Civil Veterinary Department. Madras. Admin. report 1910-25 - 1910-1925
Year: 1910
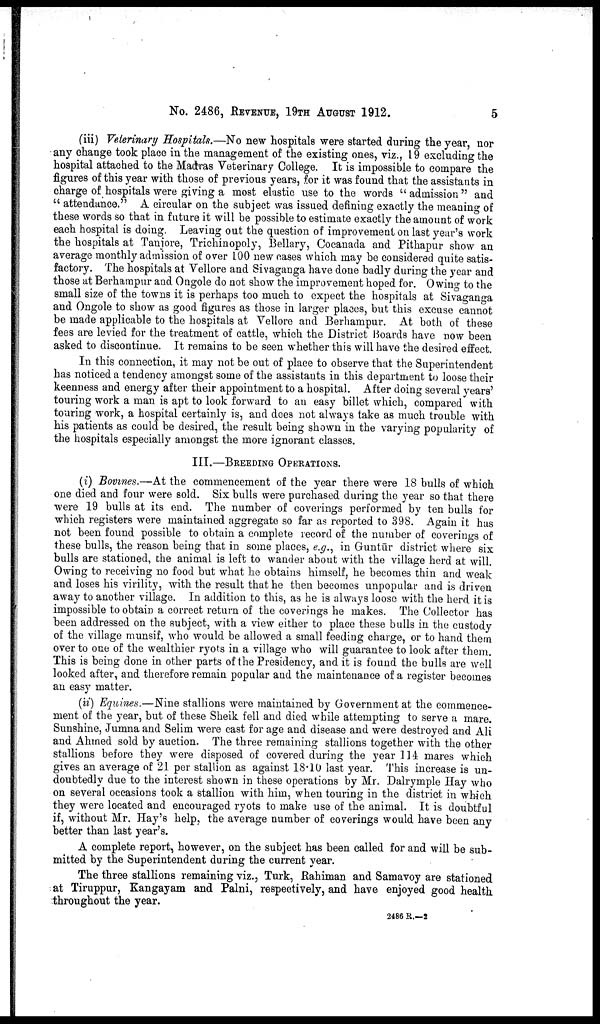
No. 2486, REVENUE, 19TH AUGUST 1912.
5
(iii) Veterinary Hospitals.—No new hospitals were started during the year, nor
any change took place in the management of the existing ones, viz., 19 excluding the
hospital attached to the Madras Veterinary College. It is impossible to compare the
figures of this year with those of previous years, for it was found that the assistants in
charge of hospitals were giving a most elastic use to the words "admission" and
"attendance." A circular on the subject was issued defining exactly the meaning of
these words so that in future it will be possible to estimate exactly the amount of work
each hospital is doing. Leaving out the question of improvement on last year's work
the hospitals at Tanjore, Trichinopoly, Bellary, Cocanada and Pithapur show an
average monthly admission of over 100 new cases which may be considered quite satis
factory. The hospitals at Vellore and Sivaganga have done badly during the year and
those at Berhampur and Ongole do not show the improvement hoped for. Owing to the
small size of the towns it is perhaps too much to expect the hospitals at Sivaganga
and Ongole to show as good figures as those in larger places, but this excuse cannot
be made applicable to the hospitals at Vellore and Berhampur. At both of these
fees are levied for the treatment of cattle, which the District Boards have now been
asked to discontinue. It remains to be seen whether this will have the desired effect.
In this connection, it may not be out of place to observe that the Superintendent
has noticed a tendency amongst some of the assistants in this department to loose their
keenness and energy after their appointment to a hospital. After doing several years'
touring work a man is apt to look forward to an easy billet which, compared with
touring work, a hospital certainly is, and does not always take as much trouble with
his patients as could be desired, the result being shown in the varying popularity of
the hospitals especially amongst the more ignorant classes.
III.—BREEDING OPERATIONS.
(i) Bovines.—At the commencement of the year there were 18 bulls of which
one died and four were sold. Six bulls were purchased during the year so that there
were 19 bulls at its end. The number of coverings performed by ten bulls for
which registers were maintained aggregate so far as reported to 398. Again it has
not been found possible to obtain a complete record of the number of coverings of
these bulls, the reason being that in some places, e.g., in Guntūr
six
bulls are stationed, the animal is left to wander about with the village herd at will.
Owing to receiving no food but what he obtains himself, he becomes thin and weak
and loses his virility, with the result that he then becomes unpopular and is driven
away to another village. In addition to this, as he is always loose with the herd it is
impossible to obtain a correct return of the coverings he makes. The Collector has
been addressed on the subject, with a view either to place these bulls in the custody
of the village munsif, who would be allowed a small feeding charge, or to hand them
over to one of the wealthier ryots in a village who will guarantee to look after them.
This is being done in other parts of the Presidency, and it is found the bulls are well
looked after, and therefore remain popular and the maintenance of a register becomes
an easy matter.
(ii) Equines.—Nine stallions were maintained by Government at the commence
ment of the year, but of these Sheik fell and died while attempting to serve a mare.
Sunshine, Jumna and Selim were cast for age and disease and were destroyed and Ali
and Ahmed sold by auction. The three remaining stallions together with the other
stallions before they were disposed of covered during the year 114 mares which
gives an average of 21 per stallion as against 18.10 last year. This increase is un
doubtedly due to the interest shown in these operations by Mr. Dalrymple Hay who
on several occasions took a stallion with him, when touring in the district in which
they were located and encouraged ryots to make use of the animal. It is doubtful
if, without Mr. Hay's help, the average number of coverings would have been any
better than last year's.
A complete report, however, on the subject has been called for and will be sub
mitted by the Superintendent during the current year.
The three stallions remaining viz., Turk, Rahiman and Samavoy are stationed
at Tiruppur, Kangayam and Palni, respectively, and have enjoyed good health
throughout the year.
2486 R.—2